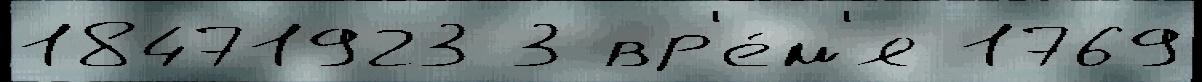
18471923 3 вр'е́м'я 1769